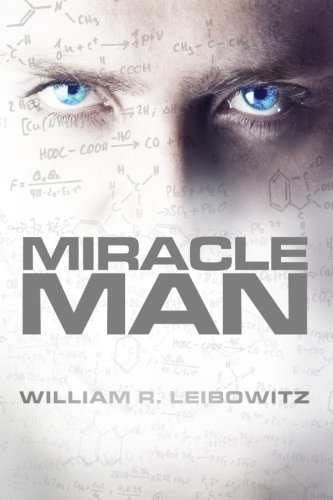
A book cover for Miracle Man; William R Leibowitz; Mystery, Thriller & Suspense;